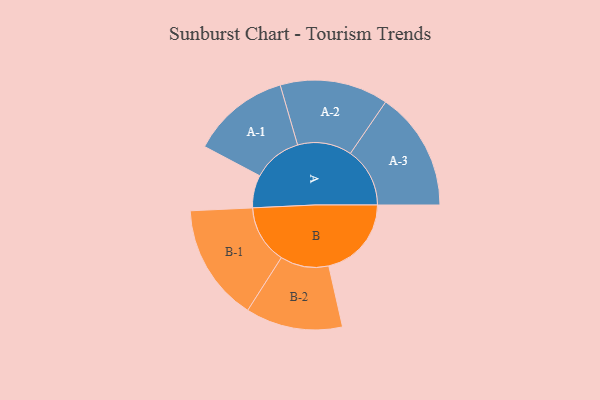
{"axis": {"x": "Segment", "y": "Value"}, "legend": ["", "A", "B"], "data": [{"x": "A", "y": 155, "type": ""}, {"x": "B", "y": 392, "type": ""}, {"x": "A-1", "y": 233, "type": "A"}, {"x": "A-2", "y": 257, "type": "A"}, {"x": "A-3", "y": 282, "type": "A"}, {"x": "B-1", "y": 278, "type": "B"}, {"x": "B-2", "y": 230, "type": "B"}]}